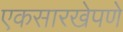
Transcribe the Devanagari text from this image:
एकसारखेपणे